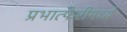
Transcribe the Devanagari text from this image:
प्रभात्फेरीमध्ये